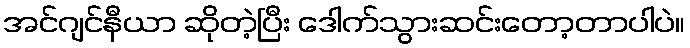
အင်ဂျင်နီယာ ဆိုတဲ့ပြီး ဒေါက်သွားဆင်းတော့တာပါပဲ။